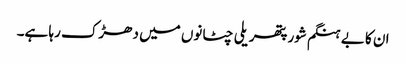
ان کا بے ہنگم شور پتھریلی چٹانوں میں دھڑک رہا ہے۔